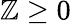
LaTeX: \mathbb{Z}\ge0